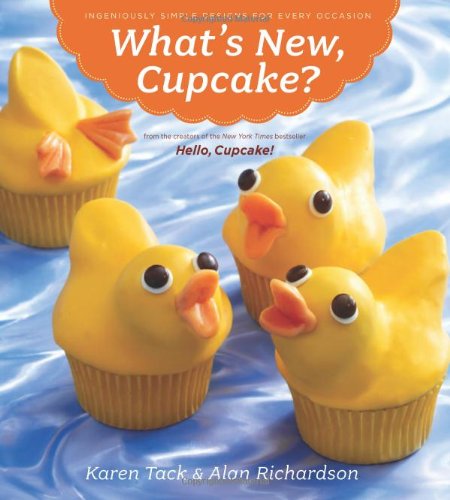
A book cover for What's New, Cupcake?: Ingeniously Simple Designs for Every Occasion; Karen Tack; Cookbooks, Food & Wine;